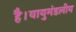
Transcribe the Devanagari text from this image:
है।वायुमंडलीय